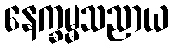
နေက္ခမ္မသညာယ